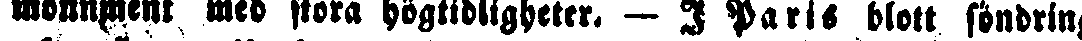
monument med flora högtidligheter. — I Paris blott föndring